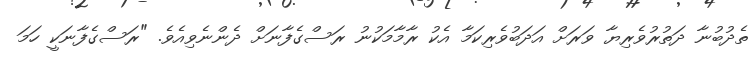
ތެދުބުނާ ދަތުރުވެރިޔާ ވަރަށް އަދަބުވެރިކަމާ އެކު ރާމާމަކުނު ރަސްގެފާނަށް ދެންނެވިއެވެ. "ރަސްގެފާނަކީ ހަމަ